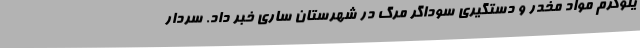
یلوگرم مواد مخدر و دستگیری سوداگر مرگ در شهرستان ساری خبر داد. سردار